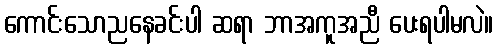
ကောင်းသောညနေခင်းပါ ဆရာ ဘာအကူအညီ ပေးရပါမလဲ။